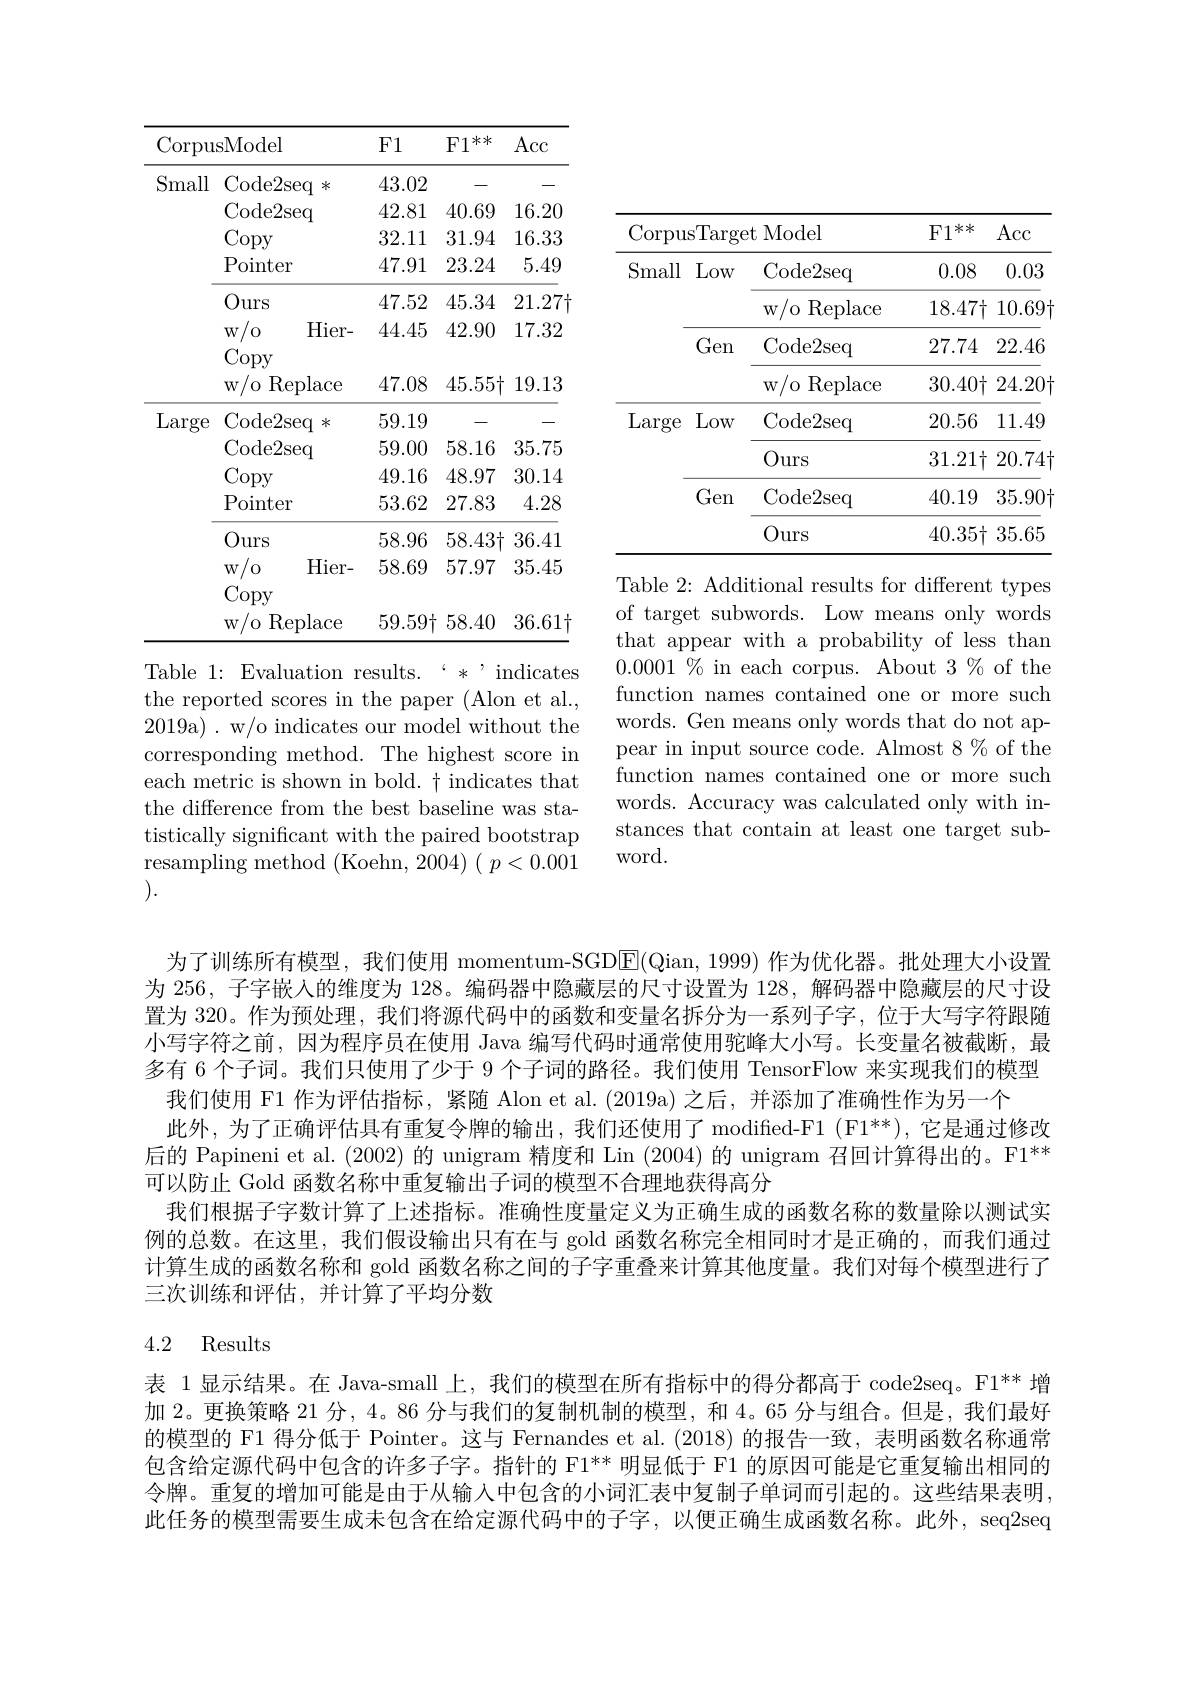
<table>
	<tbody>
		<tr>
			<th>Corpu</th>
			<th>sModel</th>
			<th>F1</th>
			<th>$\mathrm{F1}^{**}$</th>
			<th>Acc</th>
		</tr>
		<tr>
			<td rowspan="7">Small</td>
			<td>Code2seq $米$</td>
			<td>43.02</td>
			<td>\_</td>
			<td>-</td>
		</tr>
		<tr>
			<td>Code2seq</td>
			<td>42.81</td>
			<td>40.69</td>
			<td>16.20</td>
		</tr>
		<tr>
			<td>Copy</td>
			<td>32.11</td>
			<td>31.94</td>
			<td>16.33</td>
		</tr>
		<tr>
			<td>Pointer</td>
			<td>47.91</td>
			<td>23.24</td>
			<td>5.49</td>
		</tr>
		<tr>
			<td>Ours</td>
			<td>47.52</td>
			<td>45.34</td>
			<td>$21.27\dag$</td>
		</tr>
		<tr>
			<td>Hier- $W$ /0 1</td>
			<td>44.45</td>
			<td>42.90</td>
			<td>17.32</td>
		</tr>
		<tr>
			<td>Copy $w/o$ Replace</td>
			<td>47.08</td>
			<td>$45.55\dag$</td>
			<td>19.13</td>
		</tr>
		<tr>
			<td rowspan="7">Large</td>
			<td>Code2seq *</td>
			<td>59.19</td>
			<td></td>
			<td>$\_$</td>
		</tr>
		<tr>
			<td>Code2seq</td>
			<td>59.00</td>
			<td>58.16</td>
			<td>35.75</td>
		</tr>
		<tr>
			<td>Copy</td>
			<td>49.16</td>
			<td>48.97</td>
			<td>30.14</td>
		</tr>
		<tr>
			<td>Pointer</td>
			<td>53.62</td>
			<td>27.83</td>
			<td>4.28</td>
		</tr>
		<tr>
			<td>Ours</td>
			<td>58.96</td>
			<td>$58.43\dag$</td>
			<td>36.41</td>
		</tr>
		<tr>
			<td>$Hier-$ $W$ T</td>
			<td>58.69</td>
			<td>57.97</td>
			<td>35.45</td>
		</tr>
		<tr>
			<td>/0 Replace $W$</td>
			<td>59.59十</td>
			<td>58.40</td>
			<td>36.61.</td>
		</tr>
	</tbody>
</table>

<table>
	<tbody>
		<tr>
			<th>Corpus</th>
			<th>sTarge</th>
			<th>$\textbf{t Model}$</th>
			<th>** $F1$</th>
			<th>$\operatorname{Acc}$</th>
		</tr>
		<tr>
			<td rowspan="4">Small</td>
			<td>Low</td>
			<td>Code2seq</td>
			<td>0.08</td>
			<td>0.03</td>
		</tr>
		<tr>
			<td> </td>
			<td>w/o Replace </td>
			<td>$18.47\dag$</td>
			<td>$10.69\dag$</td>
		</tr>
		<tr>
			<td>Gen</td>
			<td>Code2seq</td>
			<td>27.74</td>
			<td>22.46</td>
		</tr>
		<tr>
			<td> </td>
			<td>$w/o$ Replace 1</td>
			<td>$30.40\dagger$</td>
			<td>$24.20\dag$</td>
		</tr>
		<tr>
			<td rowspan="4">Large</td>
			<td>Low</td>
			<td>Code2seq</td>
			<td>20.56</td>
			<td>11.49</td>
		</tr>
		<tr>
			<td> </td>
			<td>Ours</td>
			<td>$31.21\dagger$</td>
			<td>$20.74\dagger$</td>
		</tr>
		<tr>
			<td>Gen</td>
			<td>Code2seq</td>
			<td>40.19</td>
			<td>$35.90\dag$</td>
		</tr>
		<tr>
			<td> </td>
			<td>Ours</td>
			<td>40.35十</td>
			<td>35.65</td>
		</tr>
	</tbody>
</table>
Table 2: Additional results for different types

of target subwords. Low means only words that appear with a probability of less than $0.0001\%$ in each corpus. About 3% of the function names contained one or more such words. Gen means only words that do not appear in input source code. Almost 8 $\%$ of the function names contained one or more such words. Accuracy was calculated only with instances that contain at least one target subword.

Table 1: Evaluation results.`*```ndicates the reported scores in the paper (Alon et al., 2019a) . w/o indicates our model without the corresponding method. The highest score in each metric is shown in bold. $\dagger$ indicates that the difference from the best baseline was statistically significant with the paired bootstrap resampling method (Koehn, 2004)$(p<0.001$ ).

为了训练所有模型，我们使用 momentum-SGDE(Qian,1999) 作为优化器。批处理大小设置为 256, 子字嵌人的维度为 128。编码器中隐藏层的尺寸设置为 128, 解码器中隐藏层的尺寸设置为 320。作为预处理，我们将源代码中的函数和变量名拆分为一系列子字，位于大写字符跟随小写字符之前，因为程序员在使用 Java 编写代码时通常使用驼峰大小写。长变量名被截断，最多有 6 个子词。我们只使用了少于 9 个子词的路径。我们使用 TensorFlow 来实现我们的模型我们使用 F1 作为评估指标，紧随 Alon et al. (2019a) 之后，并添加了准确性作为另一个
此外，为了正确评估具有重复令牌的输出，我们还使用了modifed- F1 ( F$1^{* * }$) ,它是通过修改后的 Papineni et al. (2002) 的 unigram 精度和 Lin (2004) 的 unigram 召回计算得出的。F1** 可以防止 Gold 函数名称中重复输出子词的模型不合理地获得高分
我们根据子字数计算了上述指标。准确性度量定义为正确生成的函数名称的数量除以测试实例的总数。在这里，我们假设输出只有在与 gold 函数名称完全相同时才是正确的，而我们通过计算生成的函数名称和 gold 函数名称之间的子字重叠来计算其他度量。我们对每个模型进行了三次训练和评估，并计算了平均分数

## 4.2 Results

表 1显示结果。在 Java-small 上，我们的模型在所有指标中的得分都高于 code2seq。F1** 增加 2。更换策略 21 分，4。86 分与我们的复制机制的模型，和 4。65 分与组合。但是，我们最好的模型的 F1 得分低于 Pointer。这与 Fernandes et al.(2018) 的报告一致，表明函数名称通常包含给定源代码中包含的许多子字。指针的 F1** 明显低于 F1 的原因可能是它重复输出相同的令牌。重复的增加可能是由于从输人中包含的小词汇表中复制子单词而引起的。这些结果表明此任务的模型需要生成未包含在给定源代码中的子字，以便正确生成函数名称。此外，seq2seq